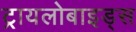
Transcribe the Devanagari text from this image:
ट्रायलोबाइड्स